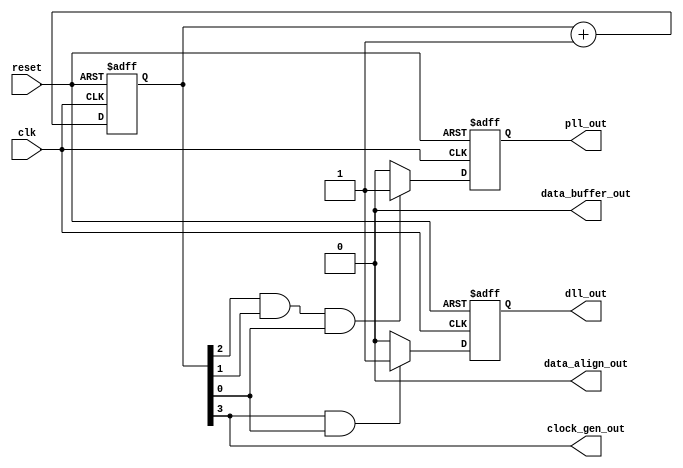
module pci_express_controller(
    input clk, // system clock input
    input reset, // reset signal input

    // timing control and synchronization blocks
    output wire clock_gen_out, // clock generation circuit output
    output wire pll_out, // phase-locked loop output
    output wire dll_out, // delay-locked loop output
    output wire data_align_out, // data alignment circuit output
    output wire data_buffer_out // data buffering circuit output
);

// Verilog code for timing control and synchronization blocks
// Implement clock generation circuit
reg [3:0] counter;
always @(posedge clk or posedge reset)
begin
    if(reset)
        counter <= 4'b0000;
    else
        counter <= counter + 1;
end
assign clock_gen_out = counter[3];

// Implement phase-locked loop (PLL)
reg pll_locked;
always @(posedge clk or posedge reset)
begin
    if(reset)
        pll_locked <= 1'b0;
    else if(counter[2] && counter[1] && counter[0]) // example condition for PLL lock
        pll_locked <= 1'b1;
    else
        pll_locked <= 1'b0;
end
assign pll_out = pll_locked;

// Implement delay-locked loop (DLL)
reg dll_locked;
always @(posedge clk or posedge reset)
begin
    if(reset)
        dll_locked <= 1'b0;
    else if(counter[3] && counter[0]) // example condition for DLL lock
        dll_locked <= 1'b1;
    else
        dll_locked <= 1'b0;
end
assign dll_out = dll_locked;

// Implement data alignment circuit
// You can add logic for aligning and buffering data streams here based on system requirements
assign data_align_out = 1'b0; // Example output for data alignment

// Implement data buffering circuit
// You can add logic for data buffering here based on system requirements
assign data_buffer_out = 1'b0; // Example output for data buffering

endmodule